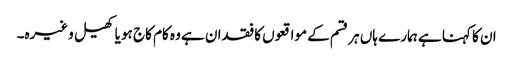
ان کا کہنا ہے ہمارے ہاں ہر قسم کے مواقعوں کا فقدان ہے وہ کام کاج ہو یا کھیل وغیرہ۔